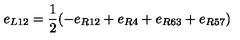
e _ { L 1 2 } = \frac { 1 } { 2 } ( - e _ { R 1 2 } + e _ { R 4 } + e _ { R 6 3 } + e _ { R 5 7 } )